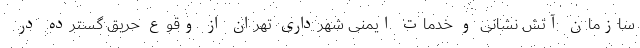
سازمان آتش نشانی و خدمات ایمنی شهرداری تهران از وقوع حریق گسترده در